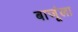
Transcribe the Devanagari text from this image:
बाजूंला